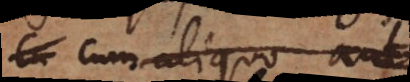
cum aliquo aut